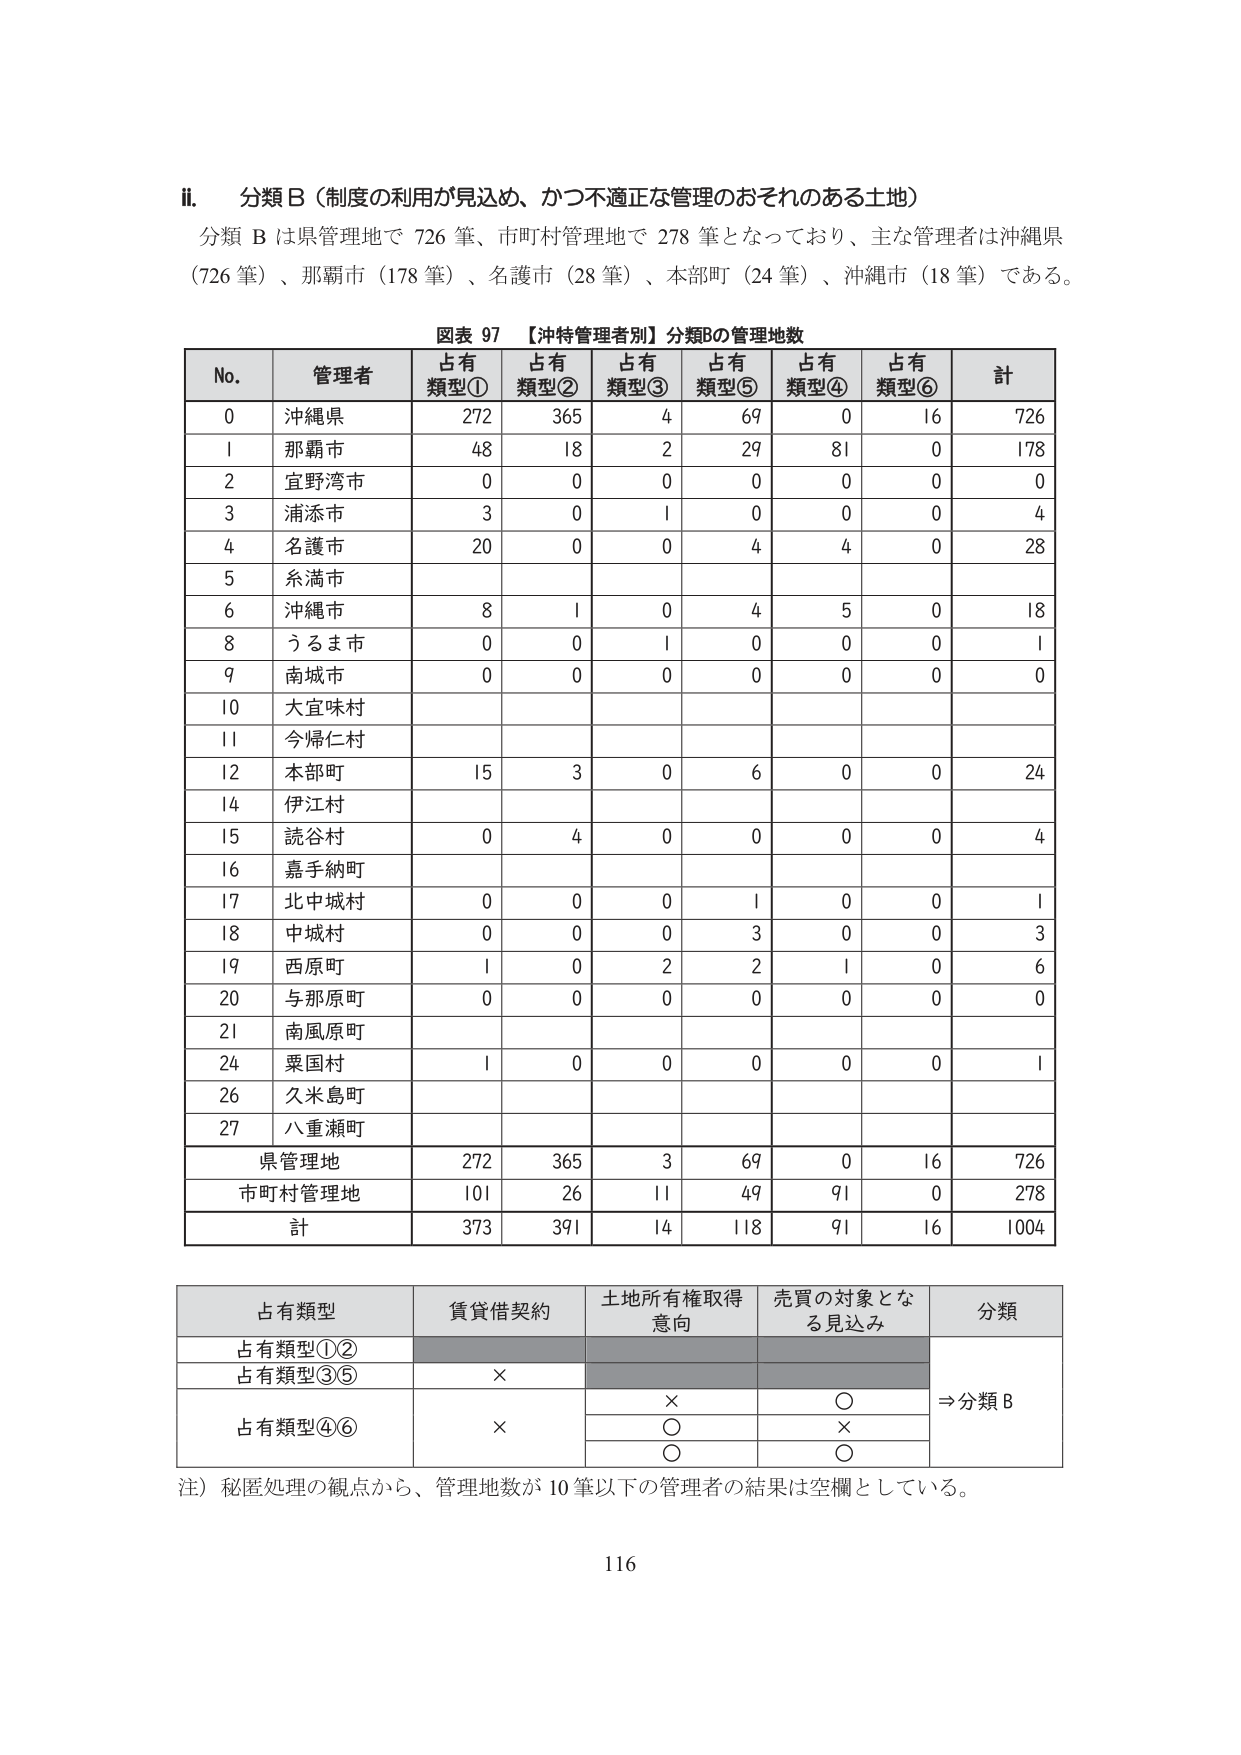
ii. 分類B（制度の利用が見込め、かつ不適正な管理のおそれのある土地）
分類Bは県管理地で726筆、市町村管理地で278筆となっており、主な管理者は沖縄県（726筆）、那覇市（178筆）、名護市（28筆）、本部町（24筆）、沖縄市（18筆）である。

図表97 【沖特管理者別】分類Bの管理地数

No. 管理者 占有類型① 占有類型② 占有類型③ 占有類型⑤ 占有類型④ 占有類型⑥ 計
0 沖縄県 272 365 4 69 0 16 726
1 那覇市 48 18 2 29 81 0 178
2 宜野湾市 0 0 0 0 0 0 0
3 浦添市 3 0 1 0 0 0 4
4 名護市 20 0 0 4 4 0 28
5 糸満市
6 沖縄市 8 1 0 4 5 0 18
8 うるま市 0 0 1 0 0 0 1
9 南城市 0 0 0 0 0 0 0
10 大宜味村
11 今帰仁村
12 本部町 15 3 0 6 0 0 24
14 伊江村
15 読谷村 0 4 0 0 0 0 4
16 嘉手納町
17 北中城村 0 0 0 1 0 0 1
18 中城村 0 0 0 3 0 0 3
19 西原町 1 0 2 2 1 0 6
20 与那原町 0 0 0 0 0 0 0
21 南風原町
24 粟国村 1 0 0 0 0 0 1
26 久米島町
27 八重瀬町

県管理地 272 365 3 69 0 16 726
市町村管理地 101 26 11 49 91 0 278
計 373 391 14 118 91 16 1004

占有類型 賃貸借契約 土地所有権取得意向 売買の対象となる見込み 分類
占有類型①②
占有類型③⑤ ×
占有類型④⑥ × × ○ ⇒分類B
　　　　　　　　　　　　　　　　○ ×
　　　　　　　　　　　　　　　　○ ○

注）秘匿処理の観点から、管理地数が10筆以下の管理者の結果は空欄としている。

116